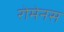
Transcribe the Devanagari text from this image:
रोमेनस